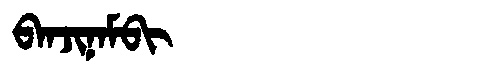
Manchu: ᠪᠠᠨᠵᡳᠨᠠᠮᠪᡳ
Romanization: BANJINAMBI